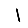
Digit: 1